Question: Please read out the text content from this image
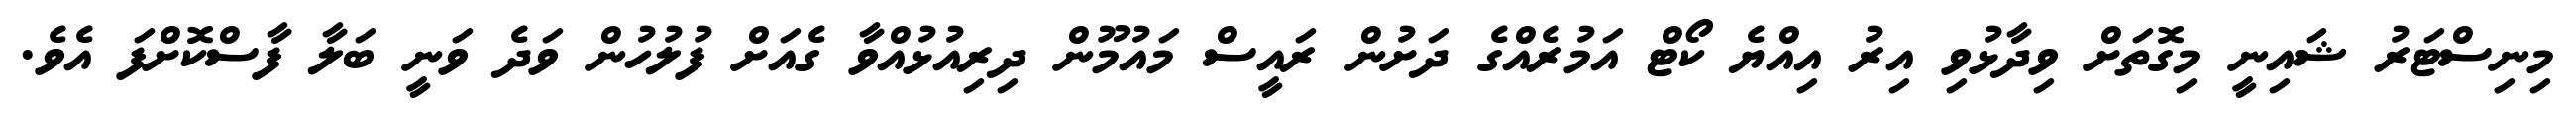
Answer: މިނިސްޓަރު ޝައިނީ މިގޮތަށް ވިދާޅުވި އިރު އިއްޔެ ކޯޓް އަމުރެއްގެ ދަށުން ރައީސް މައުމޫން ދިރިއުޅުއްވާ ގެއަށް ފުލުހުން ވަދެ ވަނީ ބަލާ ފާސްކޮށްފަ އެވެ.